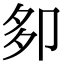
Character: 卶